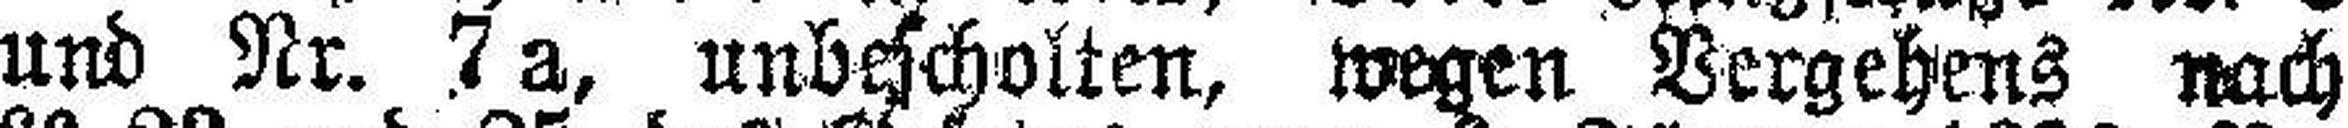
und Nr. 7 a, unbescholten, wegen Vergehens nach